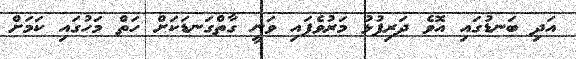
އަދި ބަނޑުގައި އޮވެ ދަރިފުޅު މަރުުވެފައި ވަނީ ގާތްގަނޑަކަށް ހަތް މަހުގައި ކަމަށް